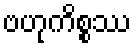
ဗဟုကိစ္စဿ